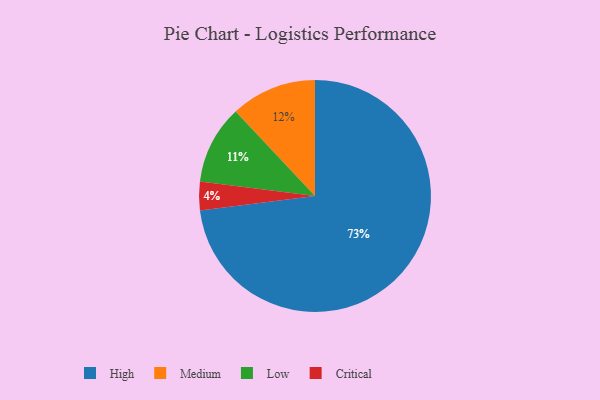
{"axis": {"x": "Category", "y": "Percentage"}, "legend": ["Critical", "High", "Low", "Medium"], "data": [{"x": "Medium", "y": 12, "type": "Medium"}, {"x": "High", "y": 73, "type": "High"}, {"x": "Critical", "y": 4, "type": "Critical"}, {"x": "Low", "y": 11, "type": "Low"}]}